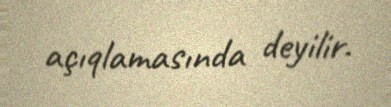
açıqlamasında deyilir.